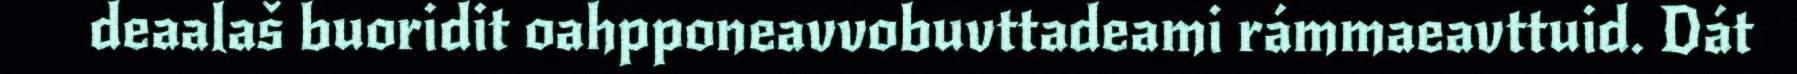
deaalaš buoridit oahpponeavvobuvttadeami rámmaeavttuid. Dát